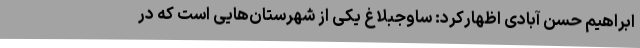
ابراهیم حسن آبادی اظهارکرد: ساوجبلاغ یکی از شهرستان‌هایی است که در